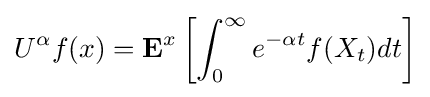
U^{\alpha }f(x)=\mathbf {E} ^{x}\left[\int _{0}^{\infty }e^{-\alpha t}f(X_{t})dt\right]